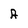
Character: A